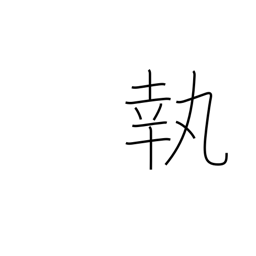
Meaning: take to heart